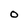
Character: O